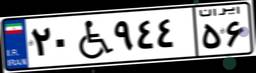
۲۰W۹۴۴۵۶